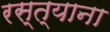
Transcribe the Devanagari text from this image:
रस्त्याना